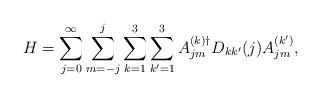
LaTeX: \begin{align*}H=\sum_{j=0}^{\infty}\sum_{m=-j}^{j}\sum_{k=1}^{3}\sum_{k^{\prime}=1}^{3}A_{jm}^{(k) \dag} D_{kk^{\prime}}(j) A_{jm}^{(k^{\prime})},\end{align*}